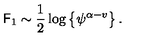
{ { \sf F } _ { 1 } } \sim \frac { 1 } { 2 } \log \left\{ { \psi ^ { \alpha - v } } \right\} .